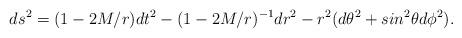
LaTeX: \begin{align*}ds^2=(1-2M/r)dt^2-(1-2M/r)^{-1}dr^2-r^2(d\theta^2+sin^2\theta d\phi^2).\end{align*}